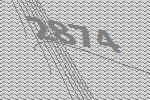
2874